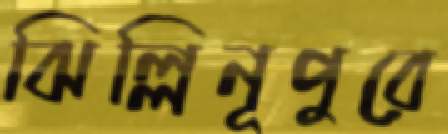
ঝিল্লিনূপুরে